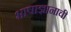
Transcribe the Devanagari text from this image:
भाषाज्ञानाची